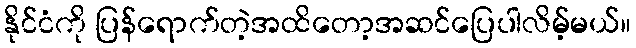
နိုင်ငံကို ပြန်ရောက်တဲ့အထိတော့အဆင်ပြေပါလိမ့်မယ်။